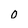
Character: O